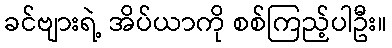
ခင်ဗျားရဲ့ အိပ်ယာကို စစ်ကြည့်ပါဦး။